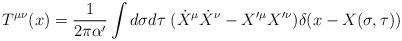
LaTeX: \begin{align*} T^{\mu\nu}(x)=\frac{1}{2\pi\alpha'}\int d\sigma d\tau \;(\dot{X}^{\mu}\dot{X}^{\nu}-X'^{\mu}X'^{\nu})\delta(x-X(\sigma,\tau))\end{align*}